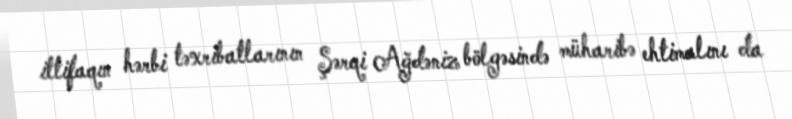
ittifaqın hərbi təxribatlarının Şərqi Ağdəniz bölgəsində müharibə ehtimalını da